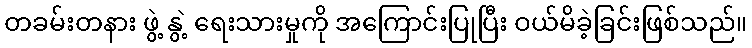
တခမ်းတနား ဖွဲ့ နွဲ့ ရေးသားမှုကို အကြောင်းပြုပြီး ဝယ်မိခဲ့ခြင်းဖြစ်သည်။